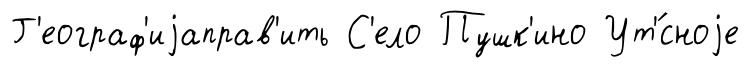
Г'еограф'иjаправ'ить С'ело Пушк'ино Ут'́сноjе